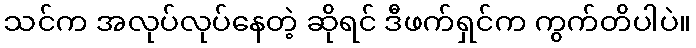
သင်က အလုပ်လုပ်နေတဲ့ ဆိုရင် ဒီဖက်ရှင်က ကွက်တိပါပဲ။